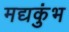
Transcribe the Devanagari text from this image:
मद्यकुंभ